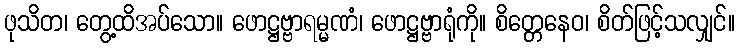
ဖုသိတ၊ တွေ့ထိအပ်သော။ ဖောဋ္ဌဗ္ဗာရမ္မဏံ၊ ဖောဋ္ဌဗ္ဗာရုံကို။ စိတ္တေနေဝ၊ စိတ်ဖြင့်သလျှင်။